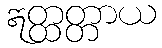
ဣတ္ထတ္တာယ